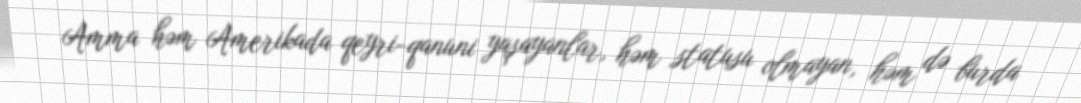
Amma həm Amerikada qeyri-qanuni yaşayanlar, həm statusu olmayan, həm də burda